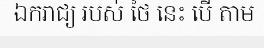
ឯករាជ្យ របស់ ថៃ នេះ បើ តាម